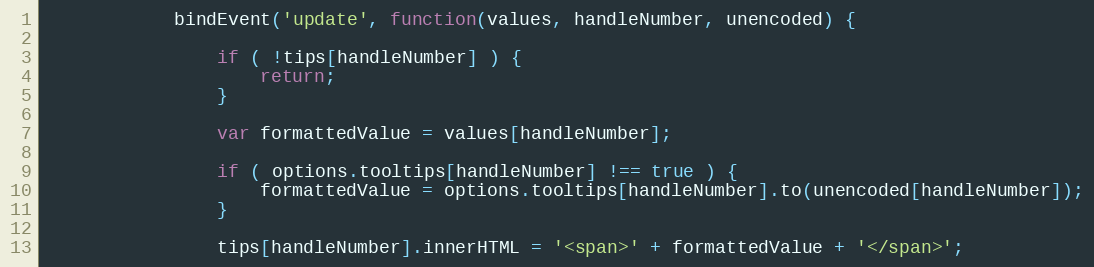
Language: JavaScript
            bindEvent('update', function(values, handleNumber, unencoded) {

                if ( !tips[handleNumber] ) {
                    return;
                }

                var formattedValue = values[handleNumber];

                if ( options.tooltips[handleNumber] !== true ) {
                    formattedValue = options.tooltips[handleNumber].to(unencoded[handleNumber]);
                }

                tips[handleNumber].innerHTML = '<span>' + formattedValue + '</span>';